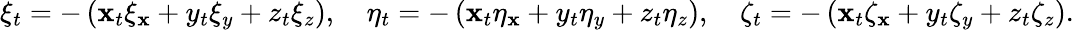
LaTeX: \xi_{t}=-\left(\mathbf{x}_{t}\xi_{\mathbf{x}}+y_{t}\xi_{y}+z_{t}\xi_{z}\right),\quad\eta_{t}=-\left(\mathbf{x}_{t}\eta_{\mathbf{x}}+y_{t}\eta_{y}+z_{t}\eta_{z}\right),\quad\zeta_{t}=-\left(\mathbf{x}_{t}\zeta_{\mathbf{x}}+y_{t}\zeta_{y}+z_{t}\zeta_{z}\right).